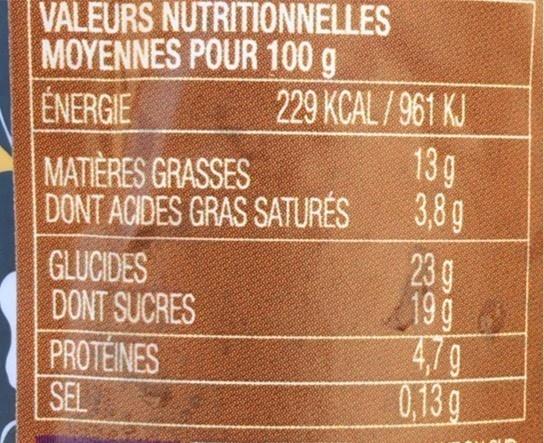
VALEURS NUTRITIONNELLES MOYENNES POUR 100 g ENERGIE
229 KCAL / 961 KJ
13g 3,8g
MATIÈRES GRASSES
DONT ACIDES GRAS SATURÉS 23 g 199 479 0,13 g
GLUCIDES DONT SUCRES
PROTEINES SEL